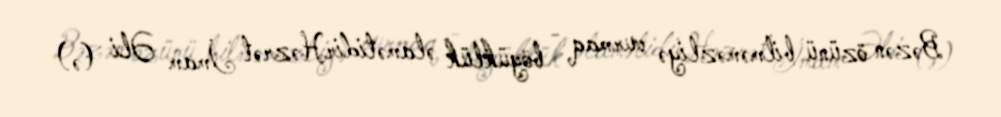
Bəzən özünü bilməməzliyə vurmaq - böyüklük əlamətidirHəzrət İmam Əli (ə)